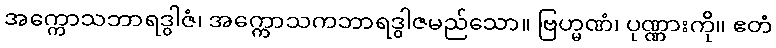
အက္ကောသဘာရဒွါဇံ၊ အက္ကောသကဘာရဒွါဇမည်သော။ ဗြဟ္မဏံ၊ ပုဏ္ဏားကို။ ဧတံ